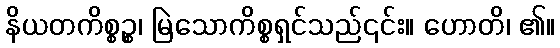
နိယတကိစ္စဉ္စ၊ မြဲသောကိစ္စရှင်သည်၎င်း။ ဟောတိ၊ ၏။